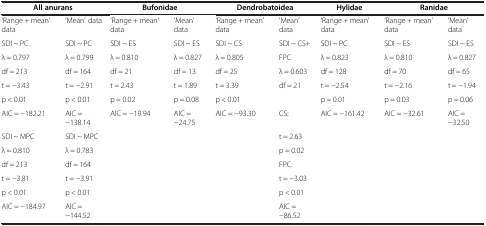
| <COLSPAN=2> All anurans | <COLSPAN=2> Bufonidae | <COLSPAN=2> Dendrobatoidea | Hylidae | <COLSPAN=2> Ranidae |
 | --- | --- | --- | --- | --- | --- | --- | --- | --- |
 | ‘Range + mean’ data | ‘Mean’ data | ‘Range + mean’ data | ‘Mean’ data | ‘Range + mean’ data | ‘Mean’ data | ‘Range + mean’ data | ‘Range + mean’ data | ‘Mean’ data |
 | SDI ~ PC | SDI ~ PC | SDI ~ ES | SDI ~ ES | SDI ~ CS | SDI ~ CS+ | SDI ~ PC | SDI ~ ES | SDI ~ ES |
 | λ = 0.797 | λ = 0.799 | λ = 0.810 | λ = 0.827 | λ = 0.805 | FPC | λ = 0.823 | λ = 0.810 | λ = 0.827 |
 | df = 213 | df = 164 | df = 21 | df = 13 | df = 25 | λ = 0.603 | df = 128 | df = 70 | df = 65 |
 | t = −3.43 | t = −2.91 | t = 2.43 | t = 1.89 | t = 3.39 | df = 21 | t = −2.54 | t = −2.16 | t = −1.94 |
 | p < 0.01 | p < 0.01 | p = 0.02 | p = 0.08 | p < 0.01 |  | p = 0.01 | p = 0.03 | p = 0.06 |
 | AIC = −182.21 | AIC = −138.14 | AIC = −19.94 | AIC = −24.75 | AIC = −93.30 | CS: | AIC = −161.42 | AIC = −32.61 | AIC = −32.50 |
 | SDI ~ MPC | SDI ~ MPC | <ROWSPAN=5>  | <ROWSPAN=5>  | <ROWSPAN=5>  | t = 2.63 | <ROWSPAN=5>  | <ROWSPAN=5>  | <ROWSPAN=5>  |
 | λ = 0.810 | λ = 0.783 | p = 0.02 |
 | df = 213 | df = 164 | FPC: |
 |  | t = −3.81 | t = −3.91 | t = −3.03 |
 |  | p < 0.01 | p < 0.01 | p < 0.01 |
 | AIC = −184.97 | AIC = −144.52 |  |  |  | AIC = −86.52 |  |  |  |  |